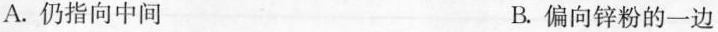
A.仍指向中间 B.偏向锌粉的一边